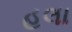
હલા